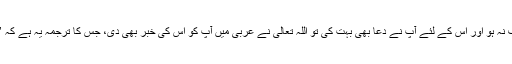
وہ بھی اس لئے کہ جماعت کے افراد کو تکلیف نہ ہو اور اس کے لئے آپؑ نے دعا بھی بہت کی تو اللہ تعالیٰ نے عربی میں آپؑ کو اس کی خبر بھی دی، جس کا ترجمہ یہ ہے کہ ’’چکی پھرے گی اور قضاء و قدر ناز ل ہوگی۔